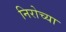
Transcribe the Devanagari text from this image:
निरोच्या